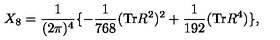
X _ { 8 } = \frac { 1 } { ( 2 \pi ) ^ { 4 } } \lbrace - \frac { 1 } { 7 6 8 } ( \mathrm { { T r } } R ^ { 2 } ) ^ { 2 } + \frac { 1 } { 1 9 2 } ( \mathrm { T r } R ^ { 4 } ) \rbrace ,